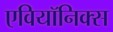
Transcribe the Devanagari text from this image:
एवियॉनिक्स